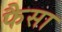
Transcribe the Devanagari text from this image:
फैसा